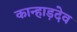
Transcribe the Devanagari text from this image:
कान्हाड़देव